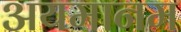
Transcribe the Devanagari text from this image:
अयमानम